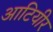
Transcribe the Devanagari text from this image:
आटियीर